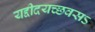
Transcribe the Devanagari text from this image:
यद्दीदयच्छवसऽ